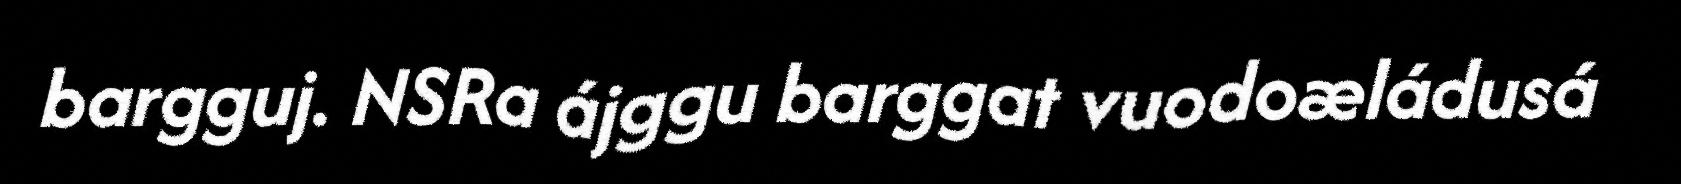
bargguj. NSRa ájggu barggat vuodoæládusá